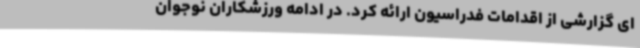
ای گزارشی از اقدامات فدراسیون ارائه کرد. در ادامه ورزشکاران نوجوان